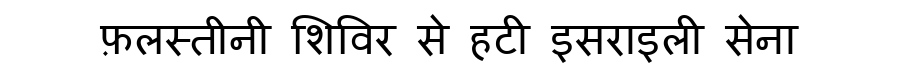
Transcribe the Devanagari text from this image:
फ़लस्तीनी शिविर से हटी इसराइली सेना